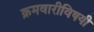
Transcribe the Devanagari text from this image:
क्रमवारीविषयी